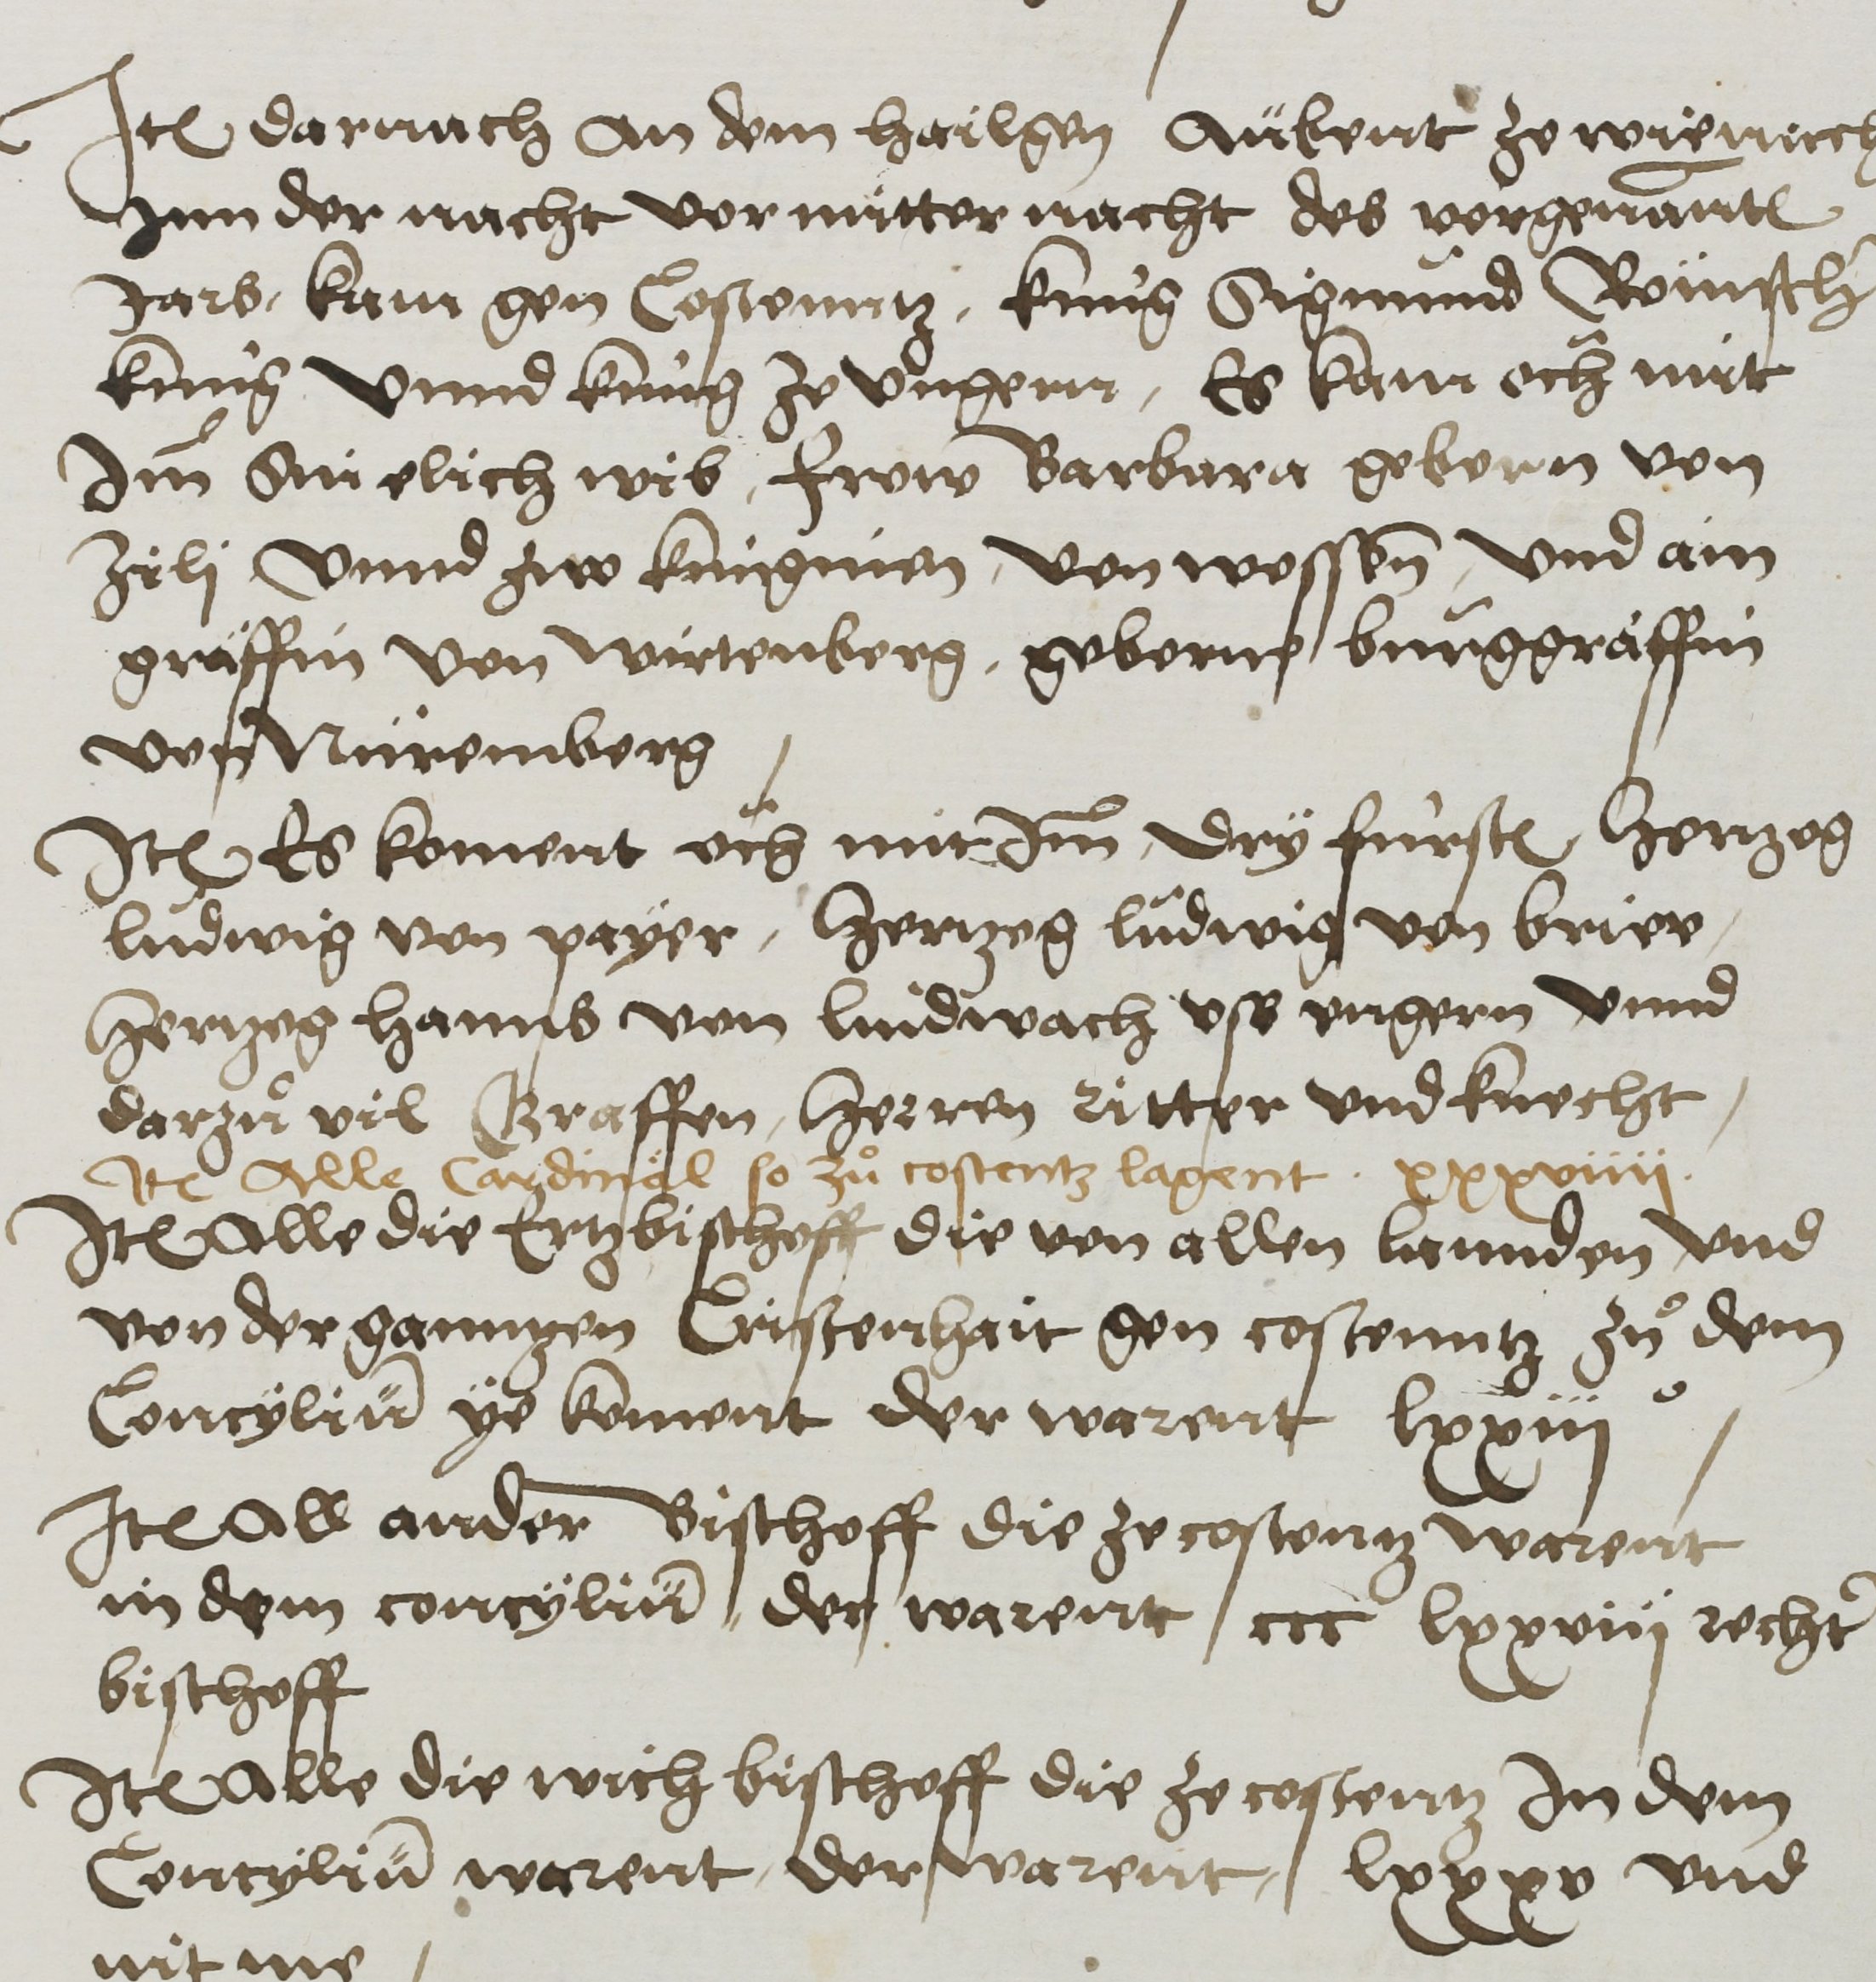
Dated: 1450–1599